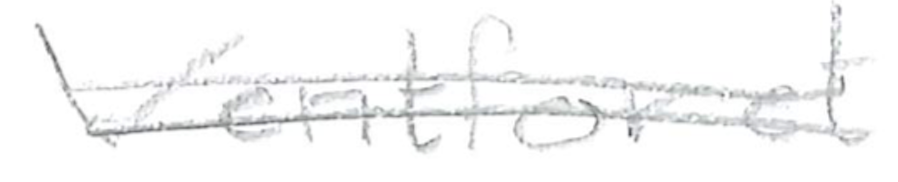
Text: Ventforet
Cross-out: double-line
Writing tool: pencil